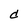
Character: d